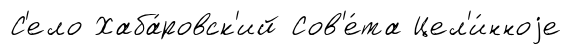
С'ело Хаба́ровск'ий Сов'е́та Цел'и́нноjе